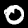
Label: 0